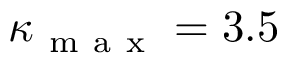
\kappa _ { \mathrm { ~ m ~ a ~ x ~ } } = 3 . 5